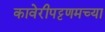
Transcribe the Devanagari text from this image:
कावेरीपट्टणमच्या